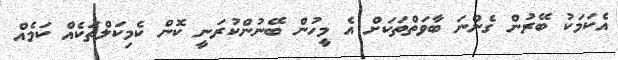
އެކަމަކު ބޭރުން ގެންނަ ބާވަތްތަކަށް އެ މީހުން ބޭނުންކުރަނީ ކޮން ކެމިކަލްތަކެއް ކަމެއް